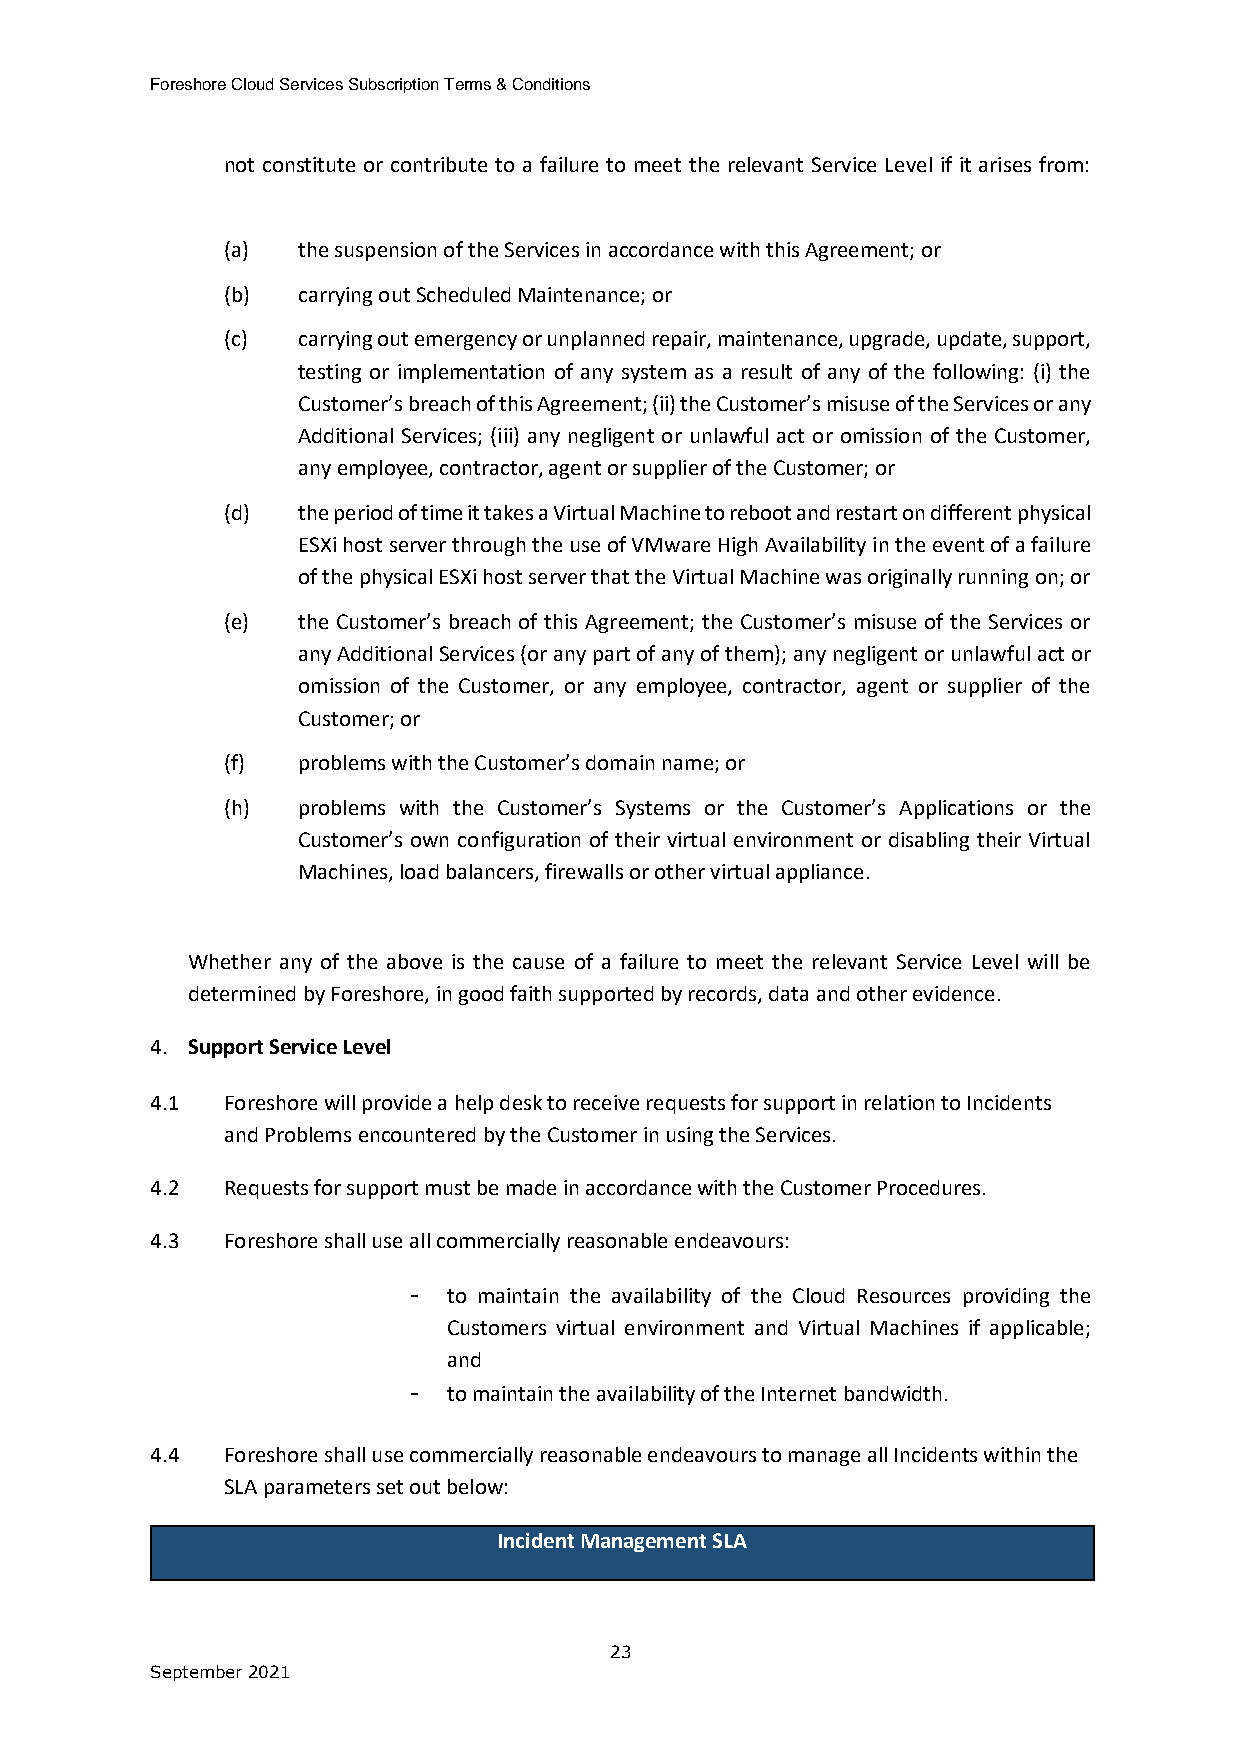
Foreshore Cloud Services Subscription Terms & Conditions
 not constitute or contribute to a failure to meet the relevant Service Level if it arises from:
 (a)  the suspension of the Services in accordance with this Agreement; or
 (b)  carrying out Scheduled Maintenance; or
 (c)  carrying out emergency or unplanned repair, maintenance, upgrade, update, support,
 testing or implementation of any system as a result of any of the following: (i) the
 Customer’s breach of this Agreement; (ii) the Customer’s misuse of the Services or any
 Additional Services; (iii) any negligent or unlawful act or omission of the Customer,
 any employee, contractor, agent or supplier of the Customer; or
 (d)  the period of time it takes a Virtual Machine to reboot and restart on different physical
 ESXi host server through the use of VMware High Availability in the event of a failure
 of the physical ESXi host server that the Virtual Machine was originally running on; or
 (e)  the Customer’s breach of this Agreement; the Customer’s misuse of the Services or
 any Additional Services (or any part of any of them); any negligent or unlawful act or
 omission of the Customer, or any employee, contractor, agent or supplier of the
 Customer; or
 (f)  problems with the Customer’s domain name; or
 (h)  problems with the Customer’s Systems or the Customer’s Applications or the
 Customer’s own configuration of their virtual environment or disabling their Virtual
 Machines, load balancers, firewalls or other virtual appliance.
 Whether any of the above is the cause of a failure to meet the relevant Service Level will be
 determined by Foreshore, in good faith supported by records, data and other evidence.
 4. Support Service Level
 4.1  Foreshore will provide a help desk to receive requests for support in relation to Incidents
 and Problems encountered by the Customer in using the Services.
 4.2  Requests for support must be made in accordance with the Customer Procedures.
 4.3  Foreshore shall use all commercially reasonable endeavours:
 -  to maintain the availability of the Cloud Resources providing the
 Customers virtual environment and Virtual Machines if applicable;
 and
 -  to maintain the availability of the Internet bandwidth.
 4.4  Foreshore shall use commercially reasonable endeavours to manage all Incidents within the
 SLA parameters set out below:
 Incident Management SLA
 23
 September 2021